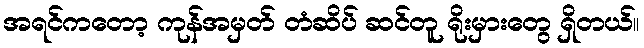
အရင်ကတော့ ကုန်အမှတ် တံဆိပ် ဆင်တူ ရိုးမှားတွေ ရှိတယ်။